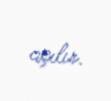
açılır.